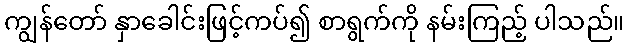
ကျွန်တော် နှာခေါင်းဖြင့်ကပ်၍ စာရွက်ကို နမ်းကြည့် ပါသည်။